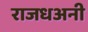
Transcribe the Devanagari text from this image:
राजधअनी